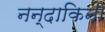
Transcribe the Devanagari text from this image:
नन्दाकिनी